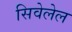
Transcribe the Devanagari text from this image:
सिवेलेल